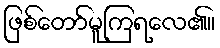
ဖြစ်တော်မူကြရလေ၏။